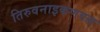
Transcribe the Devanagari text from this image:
तिरुवनाइकणवल